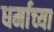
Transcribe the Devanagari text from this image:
धर्माच्‍या